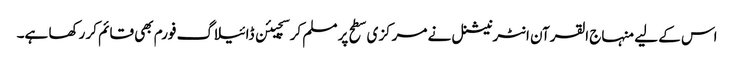
اس کے لیے منہاج القرآن انٹرنیشنل نے مرکزی سطح پر مسلم کرسچیئن ڈائیلاگ فورم بھی قائم کر رکھا ہے۔